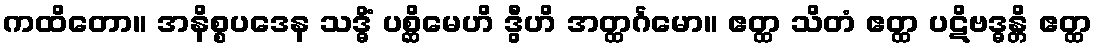
ကထိတော။ အနိစ္စပဒေန သဒ္ဓိံ ပစ္ဆိမေဟိ ဒွီဟိ အတ္ထင်္ဂမော။ ဧတ္ထ သိတံ ဧတ္ထ ပဋိဗဒ္ဓန္တိ ဧတ္ထ